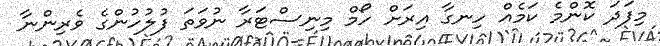
މިފަދަ ކޮންމެ ކަމެއް ހިނގާ އިރަށް ހޯމް މިނިސްޓަރާ ނުވަތަ ފުލުހުންގެ ވެރިންނާ